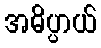
အဓိပ္ပာယ်